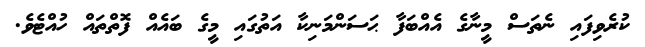
ކުރެވިފައި ނެތަސް މީނާގެ އެއްބަފާ ޙަސަންމަނިކާ އަތުގައި މީގެ ބައެއް ފޮތްތައް ހުއްޓެވެ.